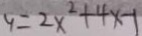
y = 2 x ^ { 2 } + 4 x - 1